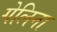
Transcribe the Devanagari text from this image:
गेलिना